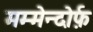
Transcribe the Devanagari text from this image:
मम्मेन्दोर्फ़